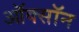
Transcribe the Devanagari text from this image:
ऑक्सॉन